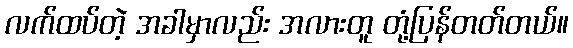
လက်ထပ်တဲ့ အခါမှာလည်း အလားတူ တုံ့ပြန်တတ်တယ်။